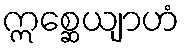
ဣစ္ဆေယျာဟံ